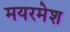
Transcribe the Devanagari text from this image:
मयरमेश